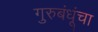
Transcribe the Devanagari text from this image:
गुरुबंधूंचा